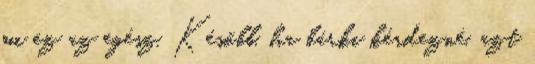
mi ez az egész. Később, ha bárki kérdezné, azt